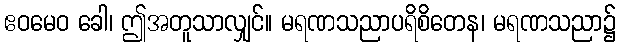
ဧဝမေဝ ခေါ၊ ဤအတူသာလျှင်။ မရဏသညာပရိစိတေန၊ မရဏသညာ၌